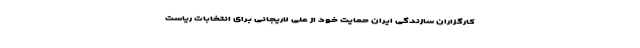
کارگزاران سازندگی ایران حمایت خود از علی لاریجانی برای انتخابات ریاست